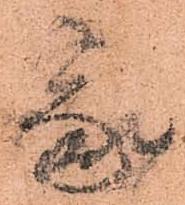
家